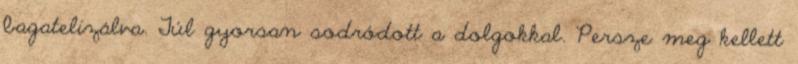
bagatelizálva. Túl gyorsan sodródott a dolgokkal. Persze meg kellett